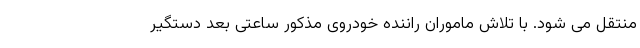
منتقل می شود. با تلاش ماموران راننده خودروی مذکور ساعتی بعد دستگیر